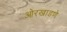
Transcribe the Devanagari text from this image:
ओरखाडणे